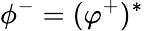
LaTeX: \phi^{-}=(\varphi^{+})^{*}